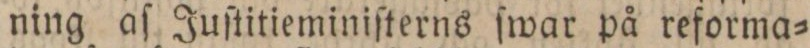
ning aſ Juſtitieminiſterns ſwar på reforma=